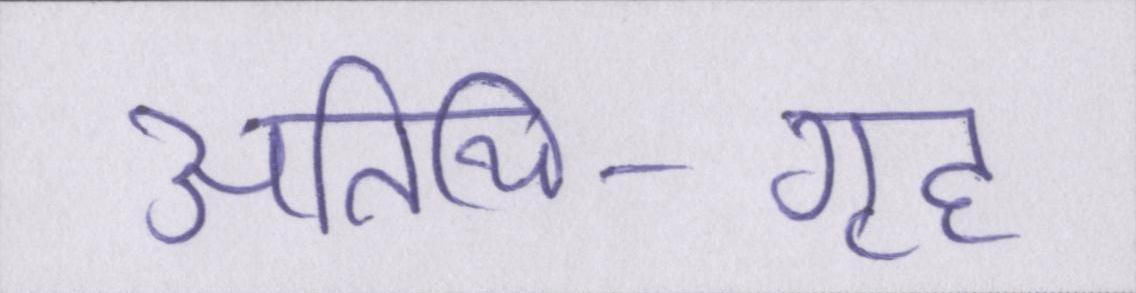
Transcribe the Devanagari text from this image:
अतिथि-गृह